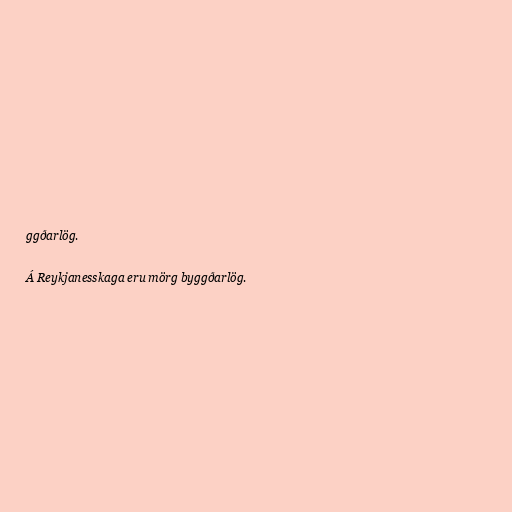
ggðarlög.

Á Reykjanesskaga eru mörg byggðarlög.